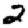
Digit: 2